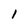
Character: 1